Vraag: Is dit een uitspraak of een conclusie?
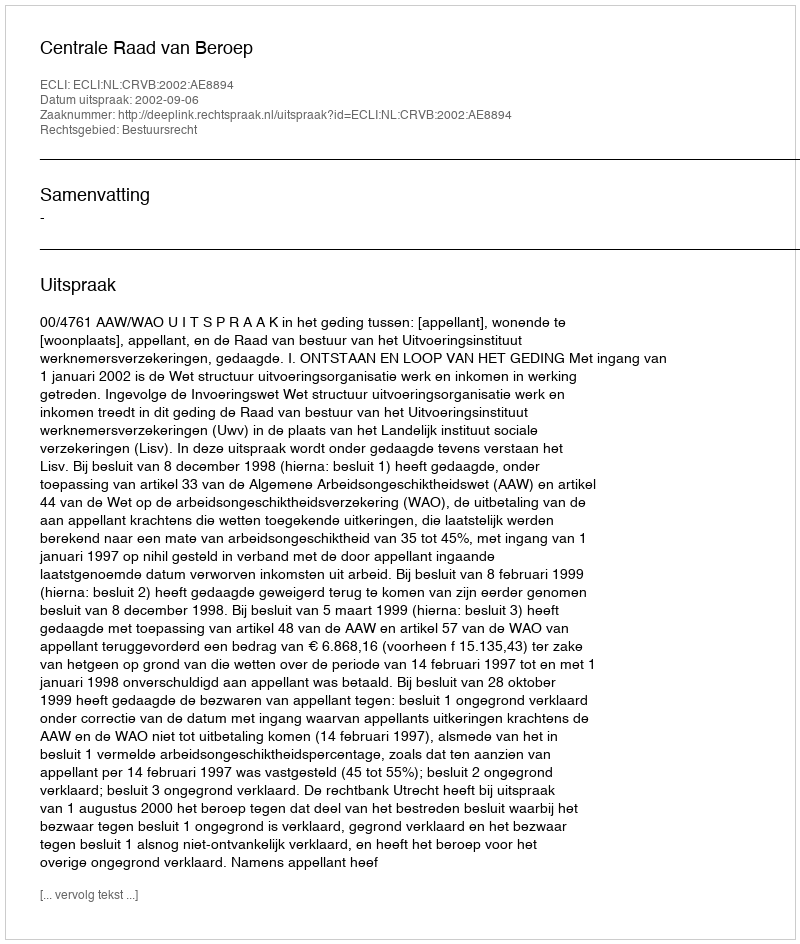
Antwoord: Uitspraak